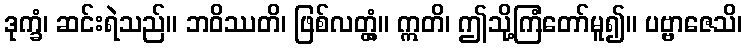
ဒုက္ခံ၊ ဆင်းရဲသည်။ ဘဝိဿတိ၊ ဖြစ်လတ္တံ့။ ဣတိ၊ ဤသို့ကြံတော်မူ၍။ ပဗ္ဗာဇေသိ၊